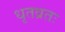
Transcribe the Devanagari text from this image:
धृतव्रतः